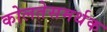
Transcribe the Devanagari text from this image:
कोलतेसमर्थक